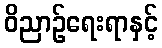
ဝိညာဉ်ရေးရာနှင့်